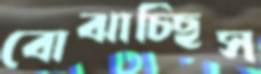
বোঝাচ্ছিস